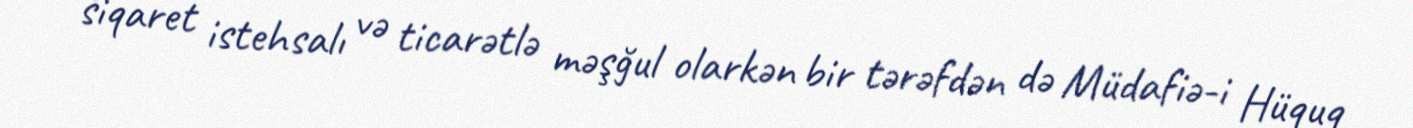
siqaret istehsalı və ticarətlə məşğul olarkən bir tərəfdən də Müdafiə-i Hüquq